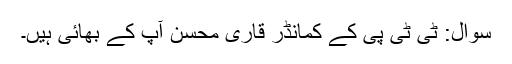
سوال: ٹی ٹی پی کے کمانڈر قاری محسن آپ کے بھائی ہیں۔